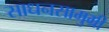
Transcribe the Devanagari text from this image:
साधनसामुग्री